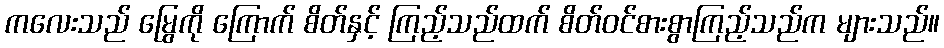
ကလေးသည် မြွေကို ကြောက် စိတ်နှင့် ကြည့်သည်ထက် စိတ်ဝင်စားစွာကြည့်သည်က များသည်။